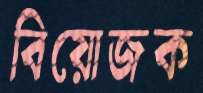
বিয়োজক